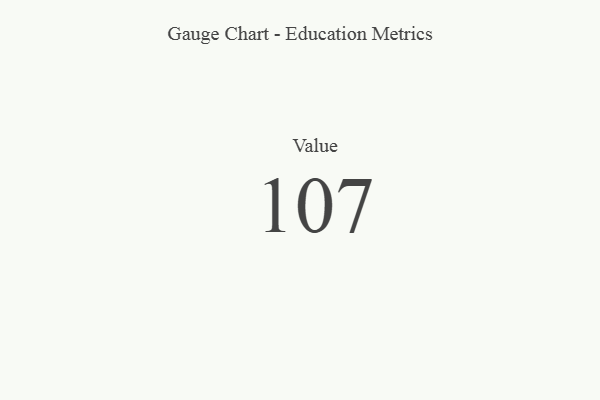
{"axis": {"x": "Metric", "y": "Value"}, "legend": [""], "data": [{"x": "Value", "y": 107, "type": ""}]}